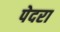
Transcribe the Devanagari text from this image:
पेदरा